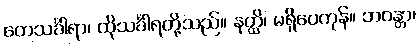
တေသင်္ခါရာ၊ ထိုသင်္ခါရတို့သည်။ နတ္ထိ၊ မရှိပေကုန်။ ဘဝန္တာ၊